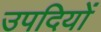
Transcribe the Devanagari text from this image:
उपदियों